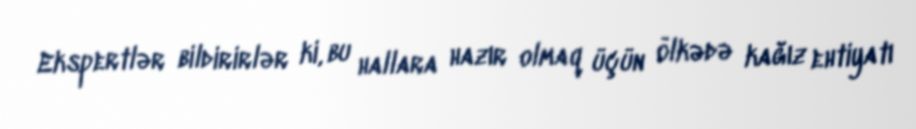
Ekspertlər bildirirlər ki, bu hallara hazır olmaq üçün ölkədə kağız ehtiyatı